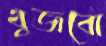
খুজবো